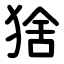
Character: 猞